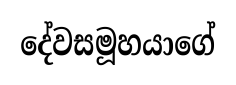
දේවසමූහයාගේ